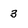
Character: 3